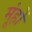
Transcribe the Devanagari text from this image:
मूंहों